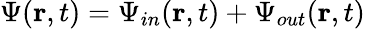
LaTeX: {\Psi}(\textbf{r},t)={\Psi}_{in}(\textbf{r},t)+{\Psi}_{out}(\textbf{r},t)